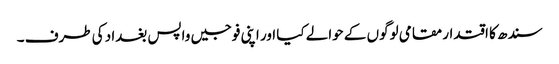
سندھ کا اقتدار مقامی لوگوں کے حوالے کیا اور اپنی فوجیں واپس بغداد کی طرف ۔